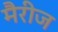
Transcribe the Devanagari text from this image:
मैरीज